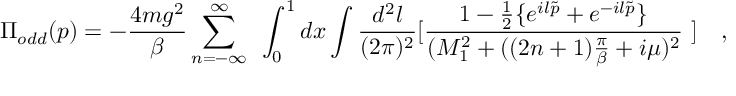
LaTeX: \Pi _ { o d d } ( p ) = - \frac { 4 m g ^ { 2 } } { \beta } \sum _ { n = - \infty } ^ { \infty } ~ \int _ { 0 } ^ { 1 } d x \int \frac { d ^ { 2 } l } { ( 2 \pi ) ^ { 2 } } [ \frac { 1 - \frac { 1 } { 2 } \{ e ^ { i l \tilde { p } } + e ^ { - i l \tilde { p } } \} } { ( M _ { 1 } ^ { 2 } + ( ( 2 n + 1 ) \frac { \pi } { \beta } + i \mu ) ^ { 2 } } ~ ] ~ ~ ~ ,